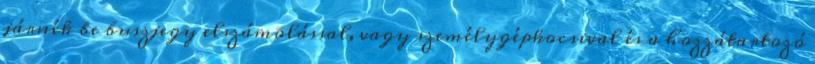
járnék be buszjegy elszámolással, vagy személygépkocsival és a hozzátartozó